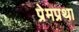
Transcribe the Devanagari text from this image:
प्रेमप्रथा